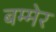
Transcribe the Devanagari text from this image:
बम्मेर